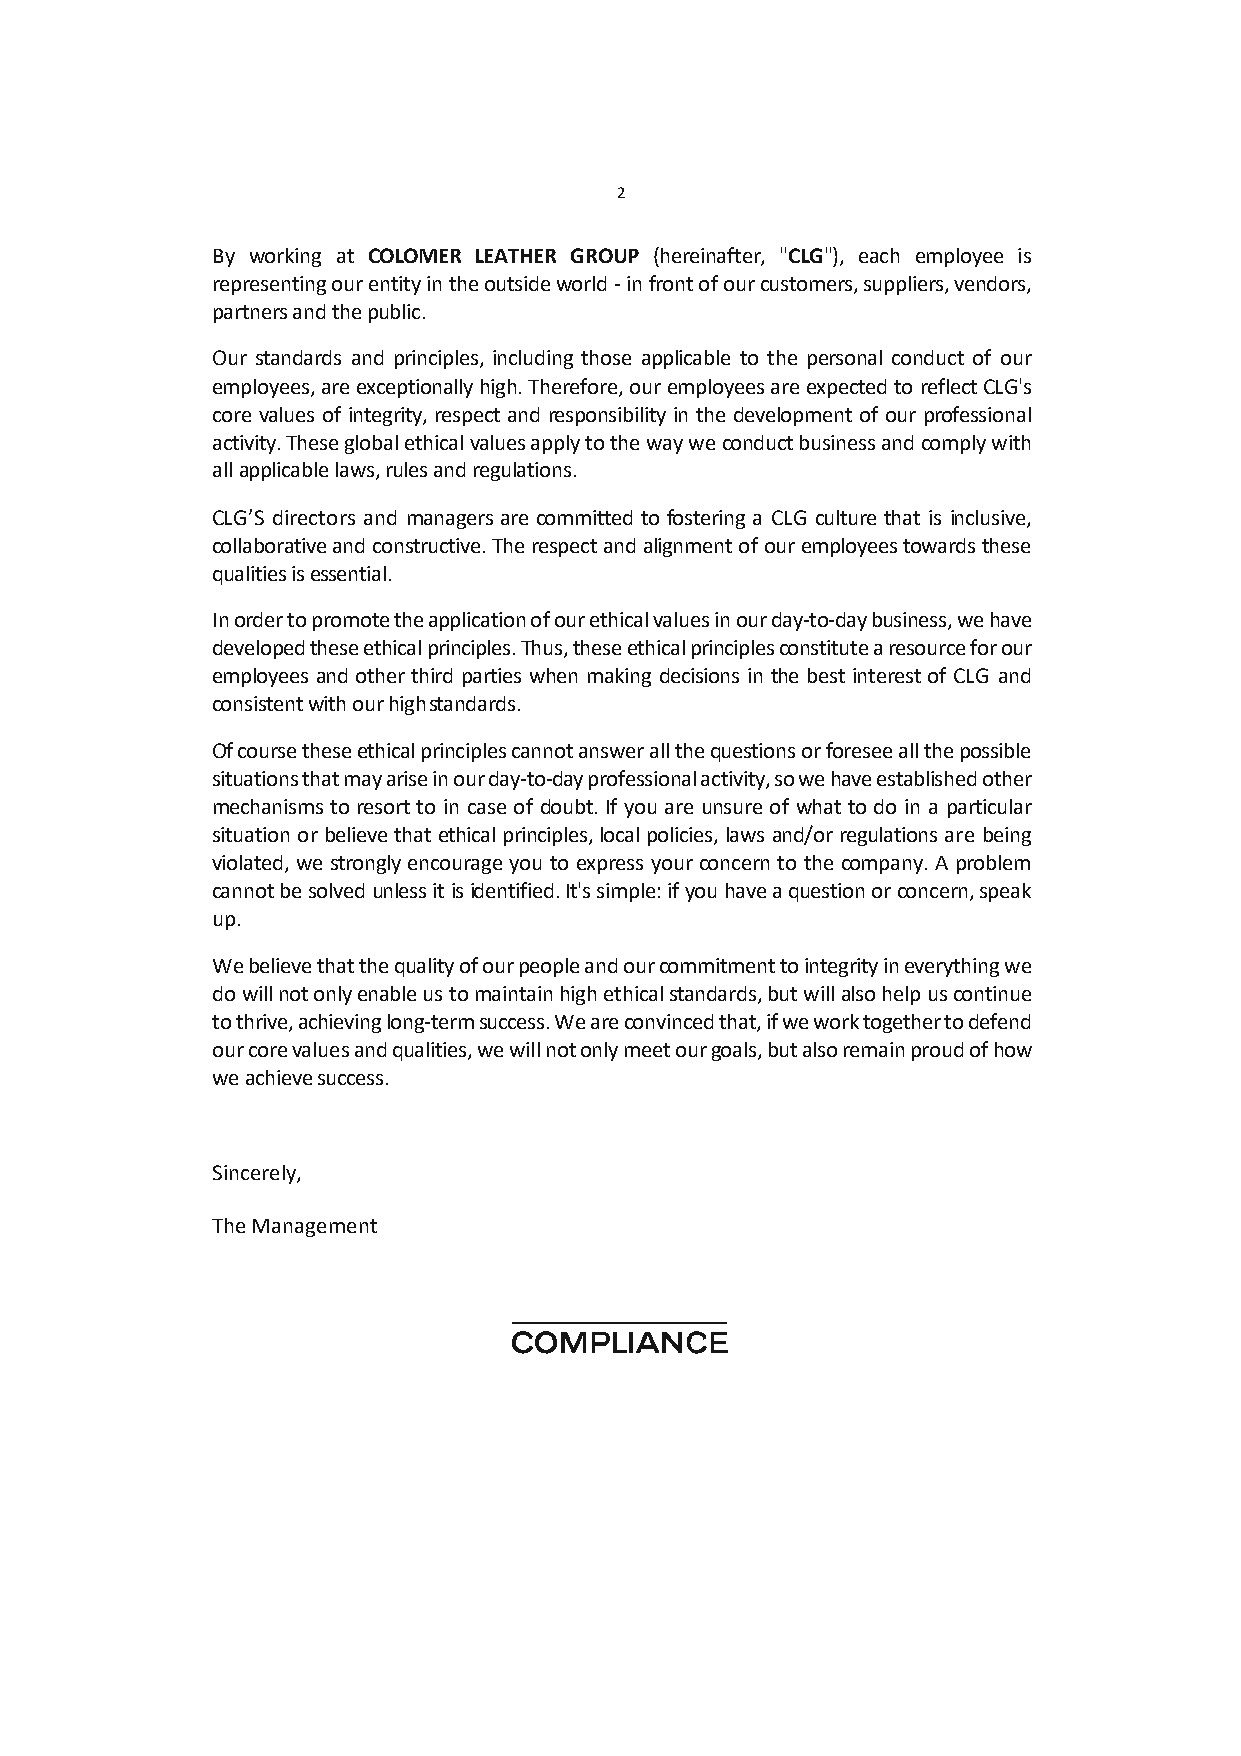
2
 By working at COLOMER LEATHER GROUP (hereinafter, "CLG"), each employee is
 representing our entity in the outside world - in front of our customers, suppliers, vendors,
 partners and the public.
 Our standards and principles, including those applicable to the personal conduct of our
 employees, are exceptionally high. Therefore, our employees are expected to reflect CLG's
 core values of integrity, respect and responsibility in the development of our professional
 activity. These global ethical values apply to the way we conduct business and comply with
 all applicable laws, rules and regulations.
 CLG’S directors and managers are committed to fostering a CLG culture that is inclusive,
 collaborative and constructive. The respect and alignment of our employees towards these
 qualities is essential.
 In order to promote the application of our ethical values in our day-to-day business, we have
 developed these ethical principles. Thus, these ethical principles constitute a resource for our
 employees and other third parties when making decisions in the best interest of CLG and
 consistent with our high standards.
 Of course these ethical principles cannot answer all the questions or foresee all the possible
 situations that may arise in our day-to-day professional activity, so we have established other
 mechanisms to resort to in case of doubt. If you are unsure of what to do in a particular
 situation or believe that ethical principles, local policies, laws and/or regulations are being
 violated, we strongly encourage you to express your concern to the company. A problem
 cannot be solved unless it is identified. It's simple: if you have a question or concern, speak
 up.
 We believe that the quality of our people and our commitment to integrity in everything we
 do will not only enable us to maintain high ethical standards, but will also help us continue
 to thrive, achieving long-term success. We are convinced that, if we work together to defend
 our core values and qualities, we will not only meet our goals, but also remain proud of how
 we achieve success.
 Sincerely,
 The Management